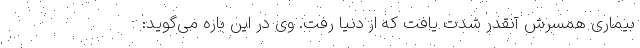
بیماری همسرش آنقدر شدت یافت که از دنیا رفت. وی در این باره می‌گوید: